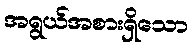
အရွယ်အစားရှိသော